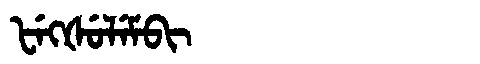
Manchu: ᡶᡝᡴᡧᡠᠯᡝᠮᠪᡳ
Romanization: FEKŠULEMBI